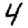
Digit: 4